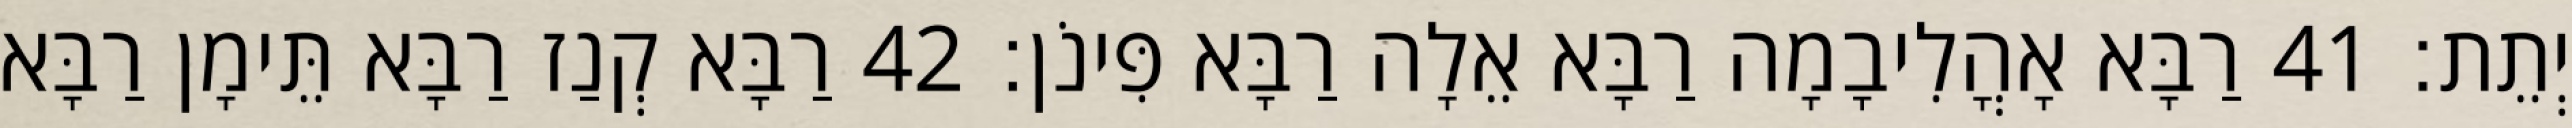
יְתֵת׃ 41 רַבָּא אָהֳלִיבָמָה רַבָּא אֵלָה רַבָּא פִּינֹן׃ 42 רַבָּא קְנַז רַבָּא תֵּימָן רַבָּא